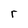
Character: r